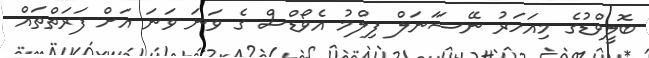
ބޮލީވްޑުގެ މިއަހަރު ނޭޝަަނަލް ފިލްމު އެވޯޑްސް ގެ ވަނަ ވަނަ އަށް ފަރަތްތައް